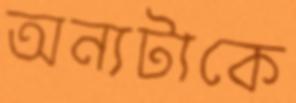
অন্যটাকে